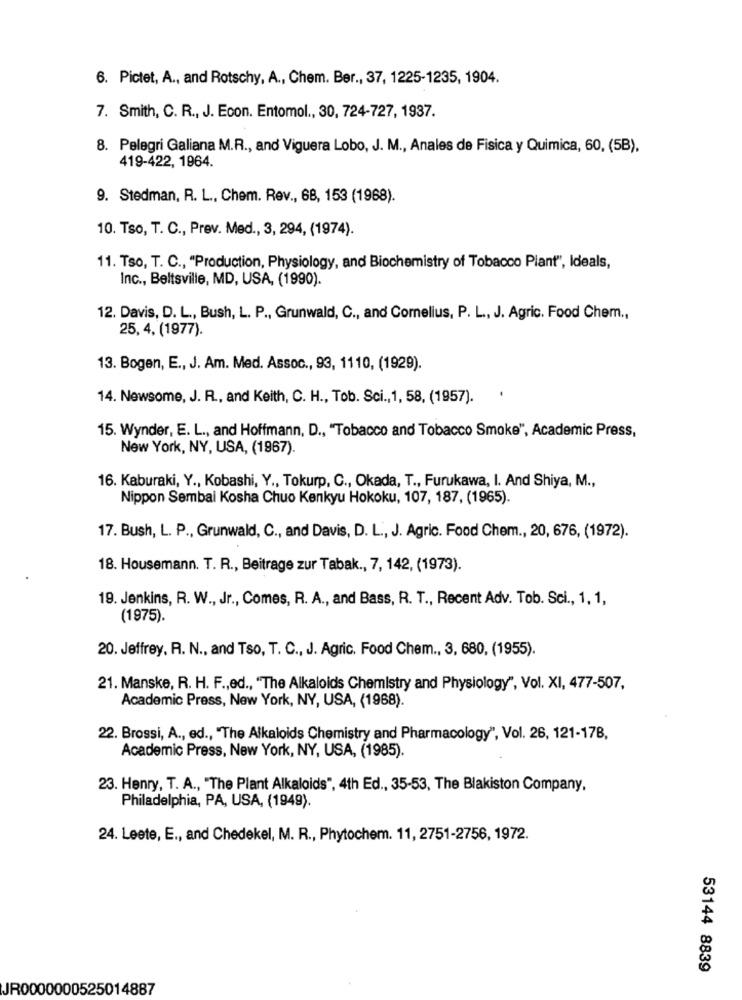
6. Pictet, A ., and Rotschy, A ., Chem. Ber ., 37, 1225-1235, 1904.
7. Smith, C. R ., J. Econ. Entomol ., 30, 724-727, 1937.
8. Pelegri Galiana M.R ., and Viguera Lobo, J. M ., Anales de Fisica y Quimica, 60, (5B),
419-422, 1964.
9. Stedman, R. L ., Chem. Rev ., 68, 153 (1968).
10. Tso, T. C ., Prev. Med ., 3, 294, (1974).
11. Tso, T. C ., "Production, Physiology, and Biochemistry of Tobacco Plant", Ideals,
Inc ., Beltsville, MD, USA, (1990).
12. Davis, D. L ., Bush, L. P ., Grunwald, C ., and Comelius, P. L ., J. Agric. Food Chem .,
25, 4, (1977).
13. Bogen, E ., J. Am. Med. Assoc ., 93, 1110, (1929).
14. Newsome, J. R ., and Keith, C. H ., Tob. Sci ., 1, 58, (1957).
15. Wynder, E. L ., and Hoffmann, D ., "Tobacco and Tobacco Smoke", Academic Press,
New York, NY, USA, (1967).
16. Kaburaki, Y ., Kobashi, Y ., Tokurp, C ., Okada, T ., Furukawa, I. And Shiya, M .,
Nippon Sembai Kosha Chuo Kenkyu Hokoku, 107, 187, (1965).
17. Bush, L. P ., Grunwald, C ., and Davis, D. L ., J. Agric. Food Chem ., 20, 676, (1972).
18. Housemann. T. R ., Beitrage zur Tabak ., 7, 142, (1973).
19. Jenkins, R. W ., Jr ., Comes, R. A ., and Bass, R. T ., Recent Adv. Tob. Sci ., 1, 1,
(1975).
20. Jeffrey, R. N ., and Tso, T. C ., J. Agric. Food Chem ., 3, 680, (1955).
21. Manske, R. H. F ., ed ., "The Alkaloids Chemistry and Physiology", Vol. XI, 477-507,
Academic Press, New York, NY, USA, (1968).
22. Brossi, A ., ed ., "The Alkaloids Chemistry and Pharmacology", Vol. 26, 121-178,
Academic Press, New York, NY, USA, (1985).
23. Henry, T. A ., "The Plant Alkaloids", 4th Ed ., 35-53, The Blakiston Company,
Philadelphia, PA, USA, (1949).
24. Leete, E ., and Chedekel, M. R ., Phytochem. 11, 2751-2756, 1972.
53144 8839
JR0000000525014887